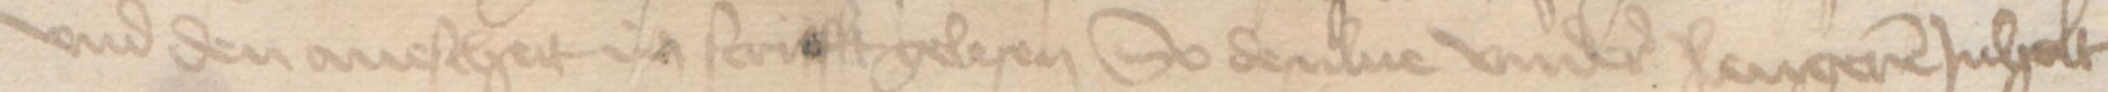
Transcription: vnd den auescheit in scrifft gelesen So desulue vndere langeren Jnholt